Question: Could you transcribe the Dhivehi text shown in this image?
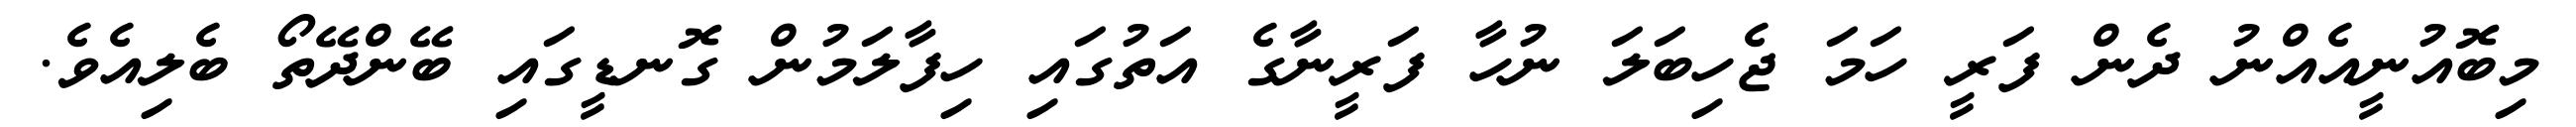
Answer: މިބޮއުނީއެއްނު ދެން ފަރީ ހަމަ ޖެހިބަލަ ނުހާ ފަރީނާގެ އަތުގައި ހިފާލަމުން ގޮނޑީގައި ބޭންދޭތޯ ބެލިއެވެ.